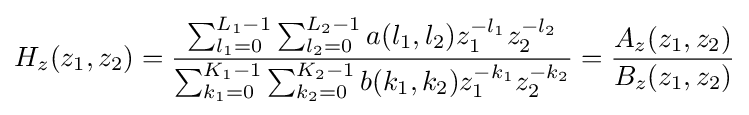
H_{z}(z_{1},z_{2})={\frac {\sum _{l_{1}=0}^{L_{1}-1}\sum _{l_{2}=0}^{L_{2}-1}a(l_{1},l_{2})z_{1}^{-l_{1}}z_{2}^{-l_{2}}}{\sum _{k_{1}=0}^{K_{1}-1}\sum _{k_{2}=0}^{K_{2}-1}b(k_{1},k_{2})z_{1}^{-k_{1}}z_{2}^{-k_{2}}}}={\frac {A_{z}(z_{1},z_{2})}{B_{z}(z_{1},z_{2})}}